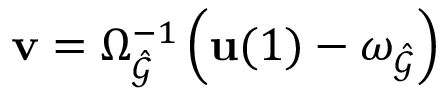
\mathbf { v } = \Omega _ { \hat { \mathcal { G } } } ^ { - 1 } \left( \mathbf { u } ( 1 ) - \omega _ { \hat { \mathcal { G } } } \right)